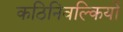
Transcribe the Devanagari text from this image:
कठिनिवल्कियों